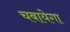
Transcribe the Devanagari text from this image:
चबायेगा